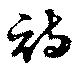
詩